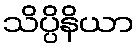
သိပ္ပိနိယာ